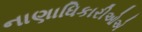
નાણાધિકારીઓએ